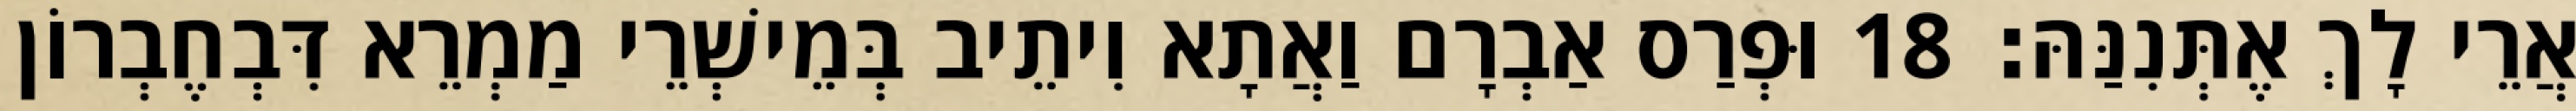
אֲרֵי לָךְ אֶתְּנִנַּהּ׃ 18 וּפְרַס אַבְרָם וַאֲתָא וִיתֵיב בְּמֵישְׁרֵי מַמְרֵא דִּבְחֶבְרוֹן